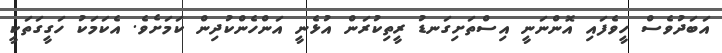
އަބަދުވެސް ހީވެފައި އޮންނަނީ އިސްތަށިގަނޑު ރީތިކުރަން އުޅެނީ އަންހެންކުދިން ކަމަށެވެ. އެކަމަކު ހަގީގަތަކީ